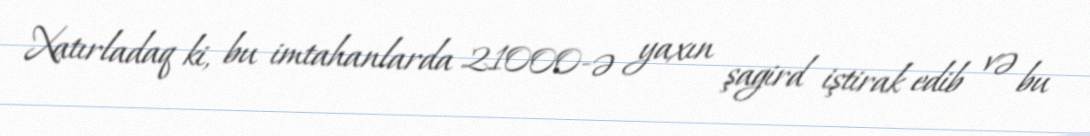
Xatırladaq ki, bu imtahanlarda 21000-ə yaxın şagird iştirak edib və bu